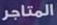
المتاجر